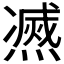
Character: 𰟠